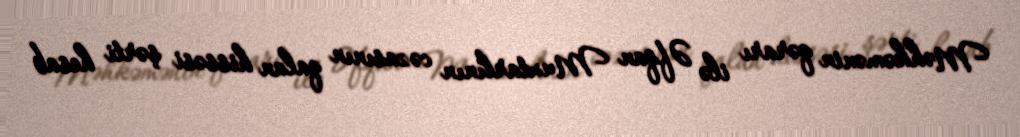
Məhkəmənin qərarı ilə Əfqan Muxtarlının cəzasının qalan hissəsi şərti hesab